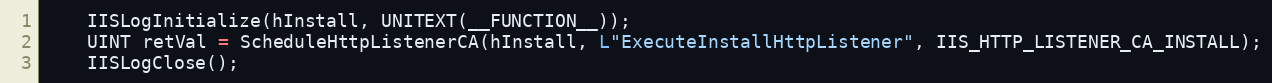
Language: C++
    IISLogInitialize(hInstall, UNITEXT(__FUNCTION__));
    UINT retVal = ScheduleHttpListenerCA(hInstall, L"ExecuteInstallHttpListener", IIS_HTTP_LISTENER_CA_INSTALL);
    IISLogClose();